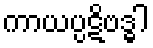
ကာယပ္ပဋိဗဒ္ဓါ